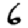
Digit: 6